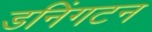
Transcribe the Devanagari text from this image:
डनिंगटन